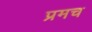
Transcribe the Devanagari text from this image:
प्रमच